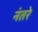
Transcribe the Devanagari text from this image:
नंतरे